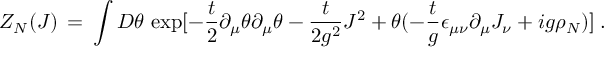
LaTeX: { \cal Z } _ { N } ( J ) \, = \, \int { \cal D } \theta \, \exp [ - \frac { t } { 2 } \partial _ { \mu } \theta \partial _ { \mu } \theta - \frac { t } { 2 g ^ { 2 } } J ^ { 2 } + \theta ( - \frac { t } { g } \epsilon _ { \mu \nu } \partial _ { \mu } J _ { \nu } + i g \rho _ { N } ) ] \; .